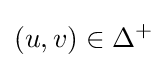
(u,v)\in \Delta ^{+}